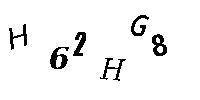
H62HG8